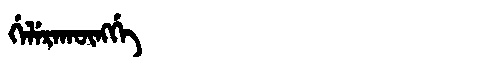
Manchu: ᡤᡝᠯᡝᡵᠠᡴᡡᠩᡤᡝ
Romanization: GELERAKŪNGGE